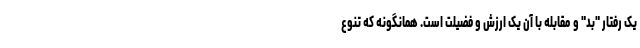
یک رفتار "بد" و مقابله با آن یک ارزش و فضیلت است. همانگونه که تنوع